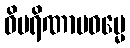
ဝိပရိဏာမဓမ္မေ